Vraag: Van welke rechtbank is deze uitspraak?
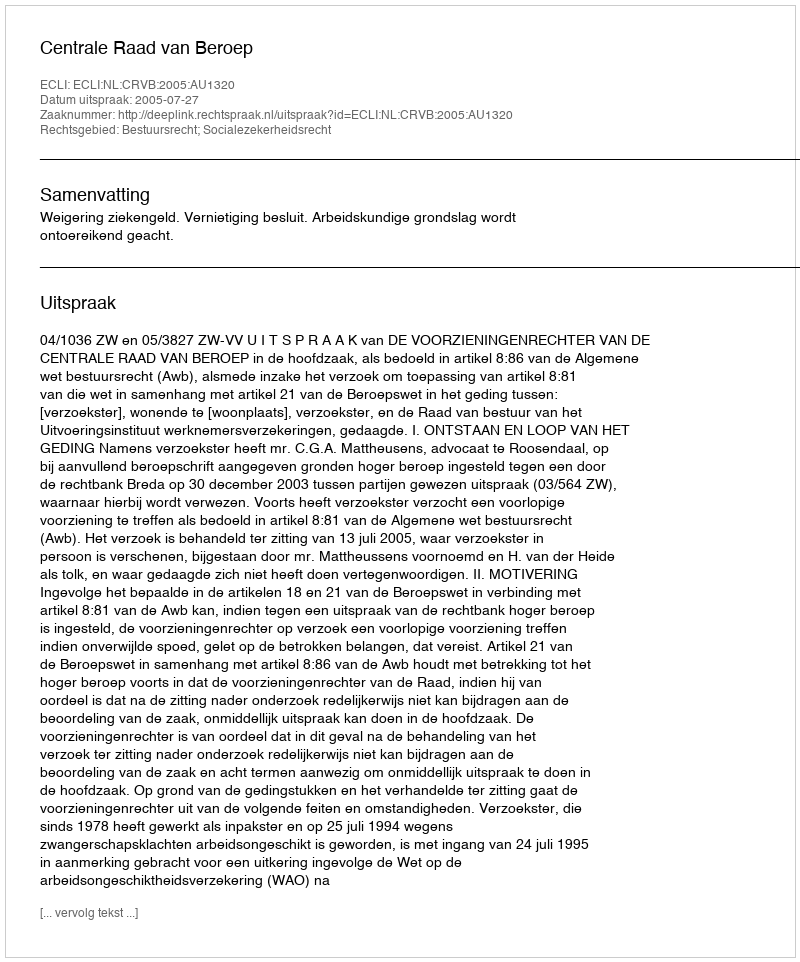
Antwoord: Centrale Raad van Beroep